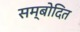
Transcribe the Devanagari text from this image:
सम्बोदित